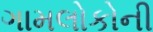
ગામલોકોની